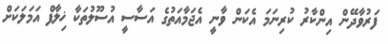
ފަރުވާދޭން އިންކާރު ކުރިނަމަ އެކަން ވާނީ އެޖަމާއަތުގެ އަސާސީ އުސޫލުތަކާ ޚިލާފް އަމަލަކަށް